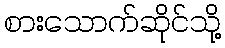
စားသောက်ဆိုင်သို့